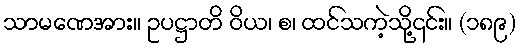
သာမဏေအား။ ဥပဋ္ဌာတိ ဝိယ၊ စ၊ ထင်သကဲ့သို့၎င်း။ (၁၈၉)